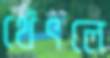
থেঁৎলে